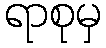
ရာစုမှ